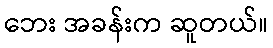
ဘေး အခန်းက ဆူတယ်။